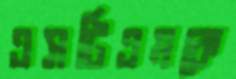
এসটিএমকে